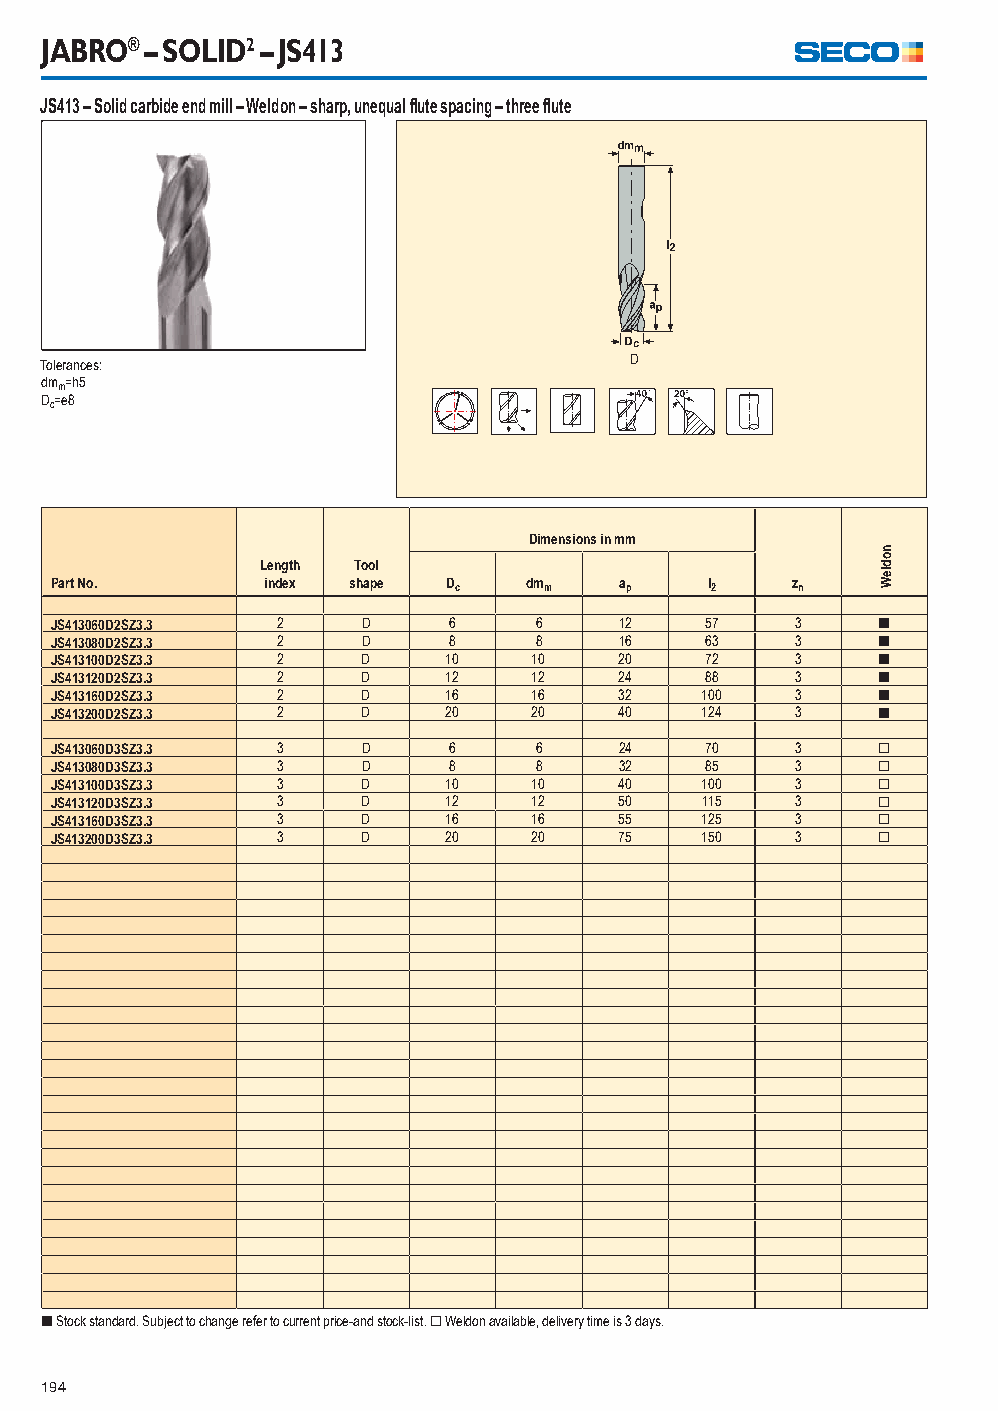
JABRO® – SOLID2 – JS413
 JS413 – Solid carbide end mill – Weldon – sharp, unequal fl ute spacing – three fl ute
 Tolerances:                            D
 dmm=h5
 Dc=e8
 Dimensions in mm
 Length Tool
 Part No.      index shape  Dc   dmm   ap    l2   zn
 JS413060D2SZ3.3 2    D     6    6     12    57    3    [
 JS413080D2SZ3.3 2    D     8    8     16    63    3    [
 JS413100D2SZ3.3 2    D     10   10    20    72    3    [
 JS413120D2SZ3.3 2    D     12   12    24    88    3    [
 JS413160D2SZ3.3 2    D     16   16    32   100    3    [
 JS413200D2SZ3.3 2    D     20   20    40   124    3    [
 JS413060D3SZ3.3 3    D     6    6     24    70    3    ]
 JS413080D3SZ3.3 3    D     8    8     32    85    3    ]
 JS413100D3SZ3.3 3    D     10   10    40   100    3    ]
 JS413120D3SZ3.3 3    D     12   12    50   115    3    ]
 JS413160D3SZ3.3 3    D     16   16    55   125    3    ]
 JS413200D3SZ3.3 3    D     20   20    75   150    3    ]
 [ Stock standard. Subject to change refer to current price-and stock-list. ] Weldon available, delivery time is 3 days.
 194
 nodleW